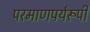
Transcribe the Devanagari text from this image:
परमाणपर्यंरूपी